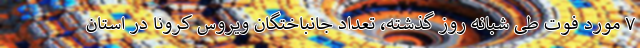
۷ مورد فوت طی شبانه روز گذشته، تعداد جانباختگان ویروس کرونا در استان